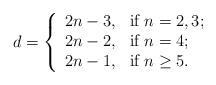
\begin{align*}d=\left\{ \begin{array}{ll} 2n-3, & \hbox{if $n=2, 3$;}\\ 2n-2, & \hbox{if $n=4$;}\\ 2n-1, & \hbox{if $n\geq 5$.} \end{array} \right.\end{align*}